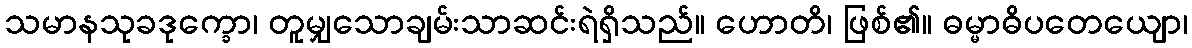
သမာနသုခဒုက္ခော၊ တူမျှသောချမ်းသာဆင်းရဲရှိသည်။ ဟောတိ၊ ဖြစ်၏။ ဓမ္မာဓိပတေယျော၊